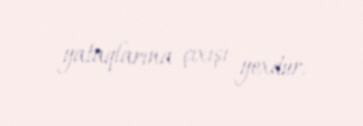
yataqlarına çıxışı yoxdur.